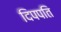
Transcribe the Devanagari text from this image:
दिपपति